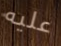
عليه